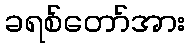
ခရစ်တော်အား